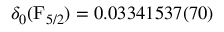
\delta _ { 0 } ( \mathrm { F } _ { 5 / 2 } ) = 0 . 0 3 3 4 1 5 3 7 ( 7 0 )